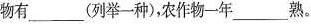
物有___(列举一种)，农作物一年___熟。